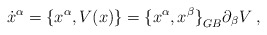
\begin{align*}{\dot x}^\alpha = \{ {x}^\alpha, V(x) \} ={ \{ x^\alpha, x^\beta \} }_{GB} \partial_\beta V\;,\end{align*}